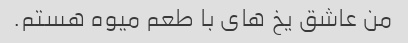
من عاشق یخ های با طعم میوه هستم.